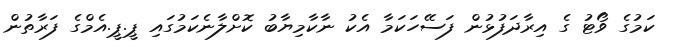
ކަމުގެ ވޯޓު ގެ އިރާދަފުޅުން ފަސޭހަކަމާ އެކު ނާކާމިޔާބު ކޮށްލާނެކަމުގައި ޕީ.ޕީ.އެމްގެ ފަރާތުން